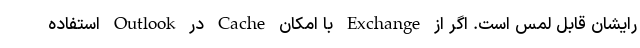
رایشان قابل لمس است. اگر از Exchange با امکان Cache در Outlook استفاده